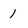
Character: 1